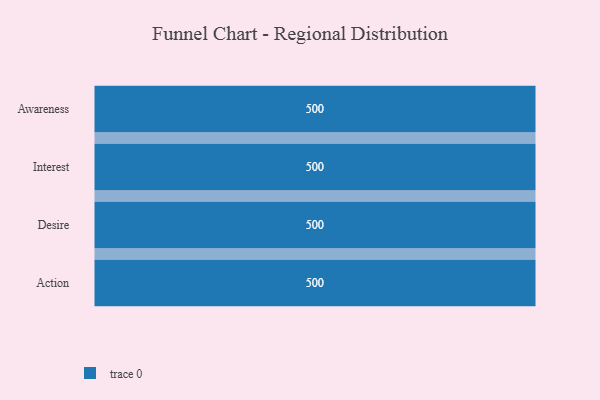
{"axis": {"x": "Stage", "y": "Value"}, "legend": [""], "data": [{"x": "Awareness", "y": 500, "type": ""}, {"x": "Interest", "y": 500, "type": ""}, {"x": "Desire", "y": 500, "type": ""}, {"x": "Action", "y": 500, "type": ""}]}